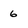
Character: 6